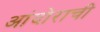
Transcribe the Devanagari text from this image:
आंदोराची